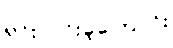
ရှင်းလင်းခဲ့ကြောင်း